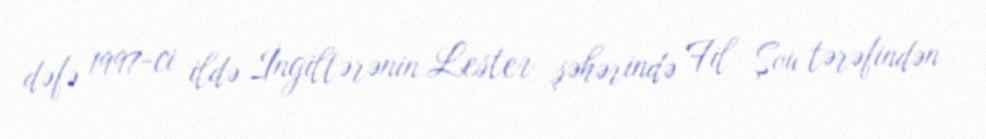
dəfə 1997-ci ildə İngiltərənin Lester şəhərində Fil Şou tərəfindən